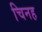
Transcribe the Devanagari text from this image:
चिनह